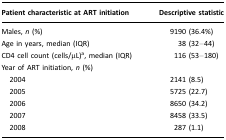
<table><thead><tr><td><b>Patient characteristic at ART initiation</b></td><td><b>Descriptive statistic</b></td></tr></thead><tbody><tr><td>Males, <i>n</i> (%)</td><td>9190 (36.4%)</td></tr><tr><td>Age in years, median (IQR)</td><td>38 (32–44)</td></tr><tr><td>CD4 cell count (cells/μL)<sup>a</sup>, median (IQR)</td><td>116 (53–180)</td></tr><tr><td>Year of ART initiation, <i>n</i> (%)</td><td></td></tr><tr><td> 2004</td><td>2141 (8.5)</td></tr><tr><td> 2005</td><td>5725 (22.7)</td></tr><tr><td> 2006</td><td>8650 (34.2)</td></tr><tr><td> 2007</td><td>8458 (33.5)</td></tr><tr><td> 2008</td><td>287 (1.1)</td></tr></tbody></table>